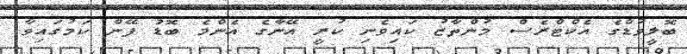
ބޮލީވުޑްގެ އެކްޓްރެސް މުންތާޒު ކައިވެނި ކުރީ އޭނާގެ އެންމެ ބޮޑު ފޭން ކަމުގައިވާ